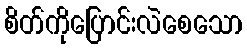
စိတ်ကိုပြောင်းလဲစေသော